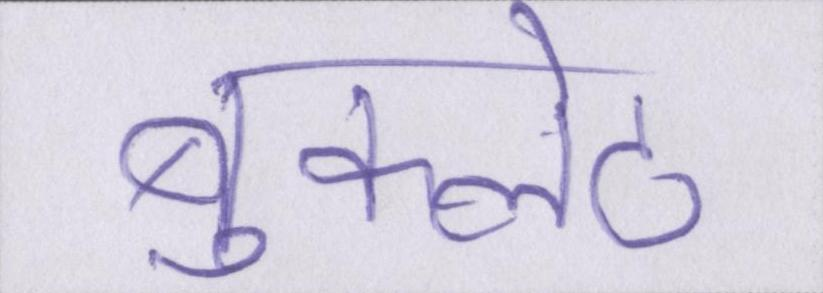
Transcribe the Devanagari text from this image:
बुकलेट